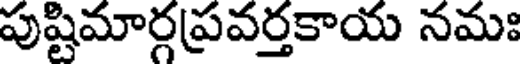
పుష్టిమార్గప్రవర్తకాయ నమః